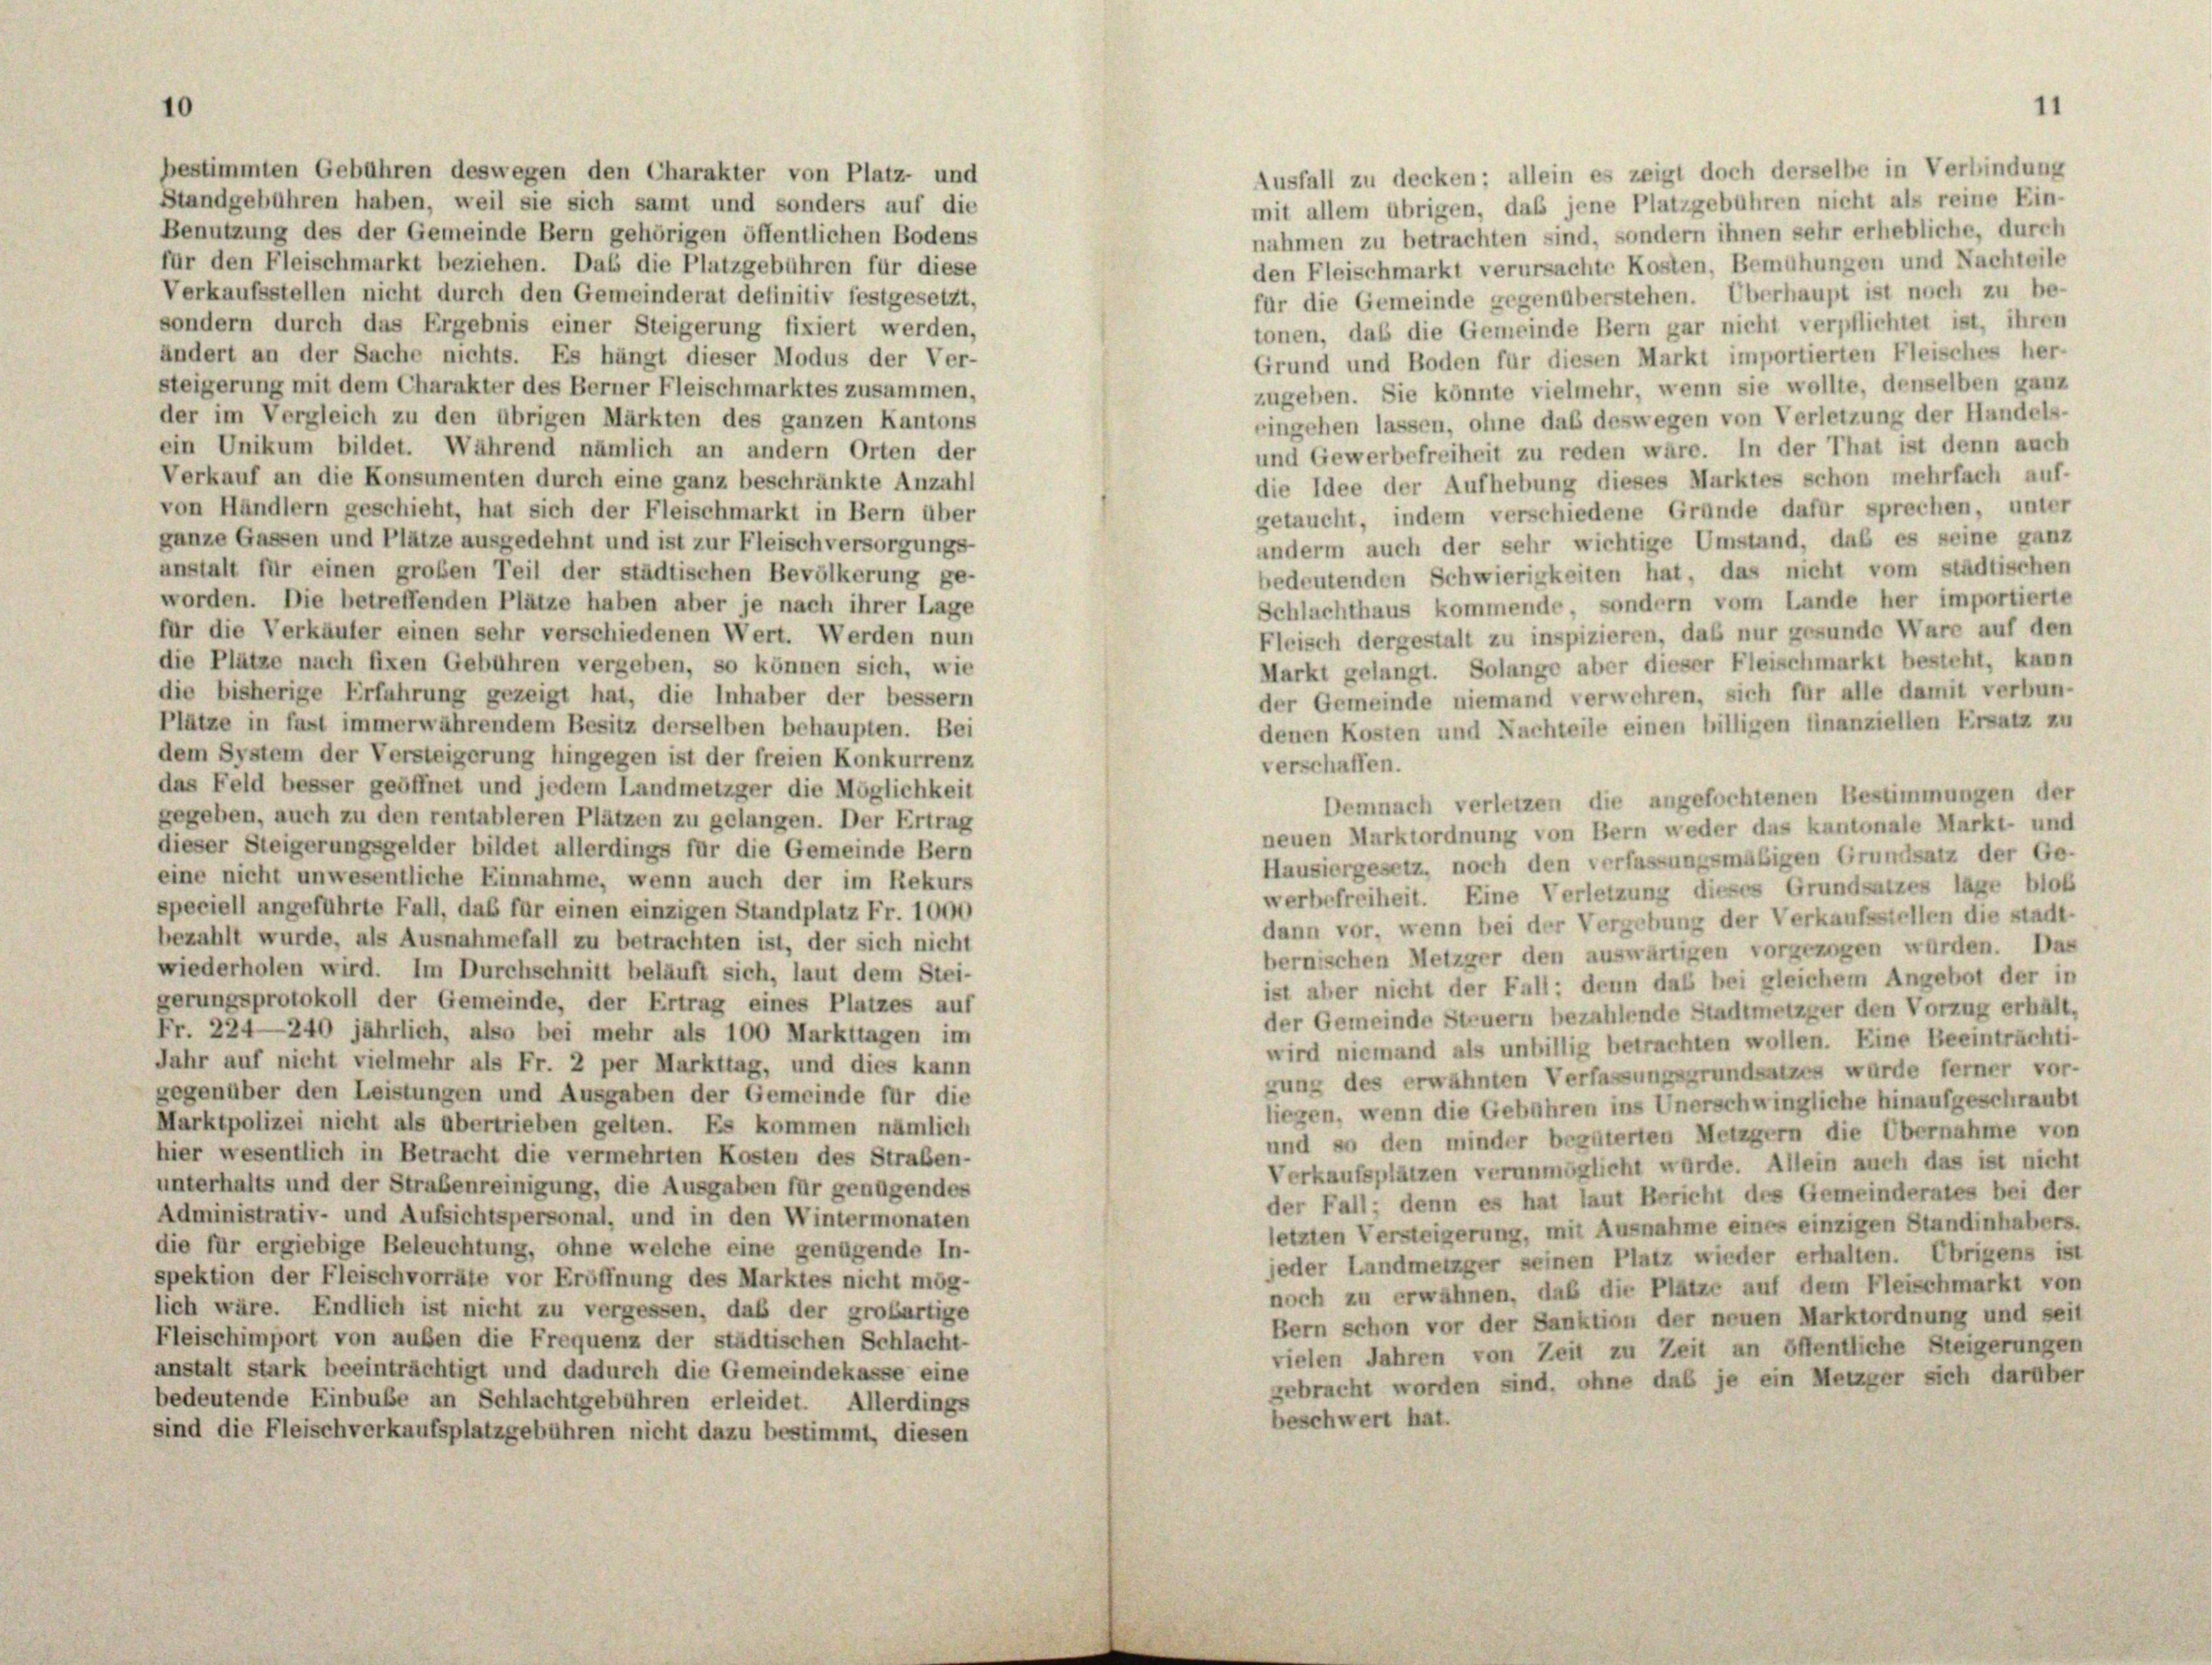
bestimmten Gebühren deswegen den Charakter von Platz- und
Standgebühren haben, weil sie sich samt und sonders auf die
Benutzung des der Gemeinde Bern gehörigen öffentlichen Bodens

mit allem übrigen, daß jene Platzgebühren nicht als reine Ein-
nahmen zu betrachten sind, sondern ihnen sehr erhebliche, durch
für den Fleischmarkt beziehen. Das die Platzgebühren für diese
den Fleischmarkt verursachte Kosten, Bemühungen und Nachteile
Verkaufsstellen nicht durch den Gemeinderat definitiv festgesetzt,
für die Gemeinde gegenüberstehen. Überhaupt ist noch zu be-
sondern durch das Ergebnis einer Steigerung fixiert werden,
tonen, daß die Gemeinde Bern gar nicht verpflichtet ist, ihren
ändert an der Sache nichts. Es hängt dieser Modus der Ver-
Grund und Boden für diesen Markt importierten Fleisches her-
steigerung mit dem Charakter des Berner Fleischmarktes zusammen,
zugeben. Sie könnte vielmehr, wenn sie wollte, denselben ganz
der im Vergleich zu den übrigen Märkten des ganzen Kantons
eingehen lassen, ohne das deswegen von Verletzung der Handels-
ein Unikum bildet. Während nämlich an andern Orten der
und Gewerbefreiheit zu reden wäre. In der That ist denn auch
Verkauf an die Konsumenten durch eine ganz beschränkte Anzahl
die Idee der Aufhebung dieses Marktes schon mehrfach auf
von Händlern geschieht, hat sich der Fleischmarkt in Bern über
getaucht, indem verschiedene Gründe dafür sprechen, unter
ganze Gassen und Plätze ausgedehnt und ist zur Fleisch versorgungs-
anderm auch der sehr wichtige Umstand, daß es seine ganz
anstalt für einen großen Teil der städtischen Bevölkerung ge-
bedeutenden Schwierigkeiten hat, das nicht vom städtischer
worden. Die betreffenden Plätze haben aber je nach ihrer Lage
Schlachthaus kommende, sondern vom Lande her importierte
für die Verkäufer einen sehr verschiedenen Wert. Werden nun
Fleisch dergestalt zu inspizieren, daß nur gesunde Ware auf der
die Plätze nach fixen Gebühren vergeben, so können sich, wie
Markt gelangt. Solange aber dieser Fleischmarkt besteht, kann
die bisherige Erfahrung gezeigt hat, die Inhaber der bessern
der Gemeinde niemand verwehren, sich für alle damit verbun-
Plätze in fast immerwährendem Besitz derselben behaupten. Bei
denen Kosten und Nachteile einen billigen finanziellen Ersatz zu
dem System der Versteigerung hingegen ist der freien Konkurrenz
verschaffen.
das Feld besser geöffnet und jedem Landmetzger die Möglichkeit
Demnach verletzen die angefochtenen Bestimmungen de
gegeben, auch zu den rentableren Plätzen zu gelangen. Der Ertrag
neuen Marktordnung von Bern weder das kantonale Markt- und
dieser Steigerungsgelder bildet allerdings für die Gemeinde Bern
Hausiergesetz, noch den verfassungsmäßigen Grundsatz der Ge
eine nicht unwesentliche Einnahme, wenn auch der im Rekurs
werbefreiheit. Eine Verletzung dieses Grundsatzes lage bloß
speciell angeführte Fall, das für einen einzigen Standplatz Fr. 1000
dann vor, wenn bei der Vergebung der Verkaufsstellen die stadt-
bezahlt wurde, als Ausnahmefall zu betrachten ist, der sich nicht
bernischen Metzger den auswärtigen vorgezogen würden. Das
wiederholen wird. Im Durchschnitt beläuft sich, laut dem Stei-
ist aber nicht der Fall: denn das bei gleichem Angebot der in
gerungsprotokoll der Gemeinde, der Ertrag eines Platzes auf
der Gemeinde Steuern bezahlende Stadtmetzger den Vorzug erhält
Fr. 224—240 jährlich, also bei mehr als 100 Markttagen im
wird niemand als unbillig betrachten wollen. Eine Beeinträchti
Jahr auf nicht vielmehr als Fr. 2 per Markttag, und dies kann
gung des erwähnten Verfassungsgrundsatzes wurde ferner von
gegenüber den Leistungen und Ausgaben der Gemeinde für die
liegen, wenn die Gebühren ins Unerschwingliche hinaufgeschraub
Marktpolizei nicht als abertrieben gelten. Es kommen nämlich
und so den minder begüterten Metzgern die Übernahme vo
hier wesentlich in Betracht die vermehrten Kosten des Straßen-
Verkaufsplätzen verunmöglicht würde. Allein auch das ist nich
unterhalts und der Strabenreinigung, die Ausgaben für genügendes
der Fall; denn es hat laut Bericht des Gemeinderates bei de
Administrativ- und Aufsichtspersonal, und in den Wintermonaten
letzten Versteigerung, mit Ausnahme eines einzigen Standinhabers
die für ergiebige Beleuchtung, ohne welche eine genügende In-
jeder Landmetzger seinen Platz wieder erhalten. Übrigens i
spektion der Fleischvorräte vor Eröffnung des Marktes nicht mög-
noch zu erwähnen, daß die Plätze auf dem Fleischmarkt vor
lich wäre. Endlich ist nicht zu vergessen, daß der großartige
Bern schon vor der Sanktion der neuen Marktordnung und sei
Fleischimport von außen die Frequenz der städtischen Schlacht-
vielen Jahren von Zeit zu Zeit an öffentliche Steigerunge
anstalt stark beeinträchtigt und dadurch die Gemeindekasse eine
gebracht worden sind, ohne das je ein Metzger sich darübe
bedeutende Einbuße an Schlachtgebühren erleidet. Allerdings
beschwert hat.
sind die Fleischverkaufsplatzgebühren nicht dazu bestimmt, diesen

Ausfall zu decken; allein es zeigt doch derselbe in Verbindung